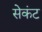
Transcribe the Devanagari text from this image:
सेकंट